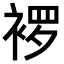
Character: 𬡠